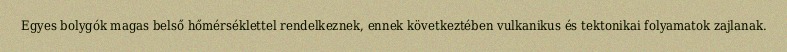
Egyes bolygók magas belső hőmérséklettel rendelkeznek, ennek következtében vulkanikus és tektonikai folyamatok zajlanak.